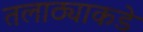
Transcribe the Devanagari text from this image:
तलाठ्याकडे